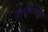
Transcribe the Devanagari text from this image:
साइकोपेथेया